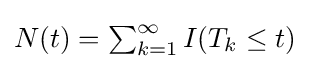
{\textstyle N(t)=\sum _{k=1}^{\infty }I(T_{k}\leq t)}